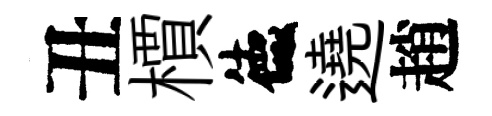
丑檟德遶趙